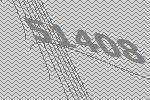
51408